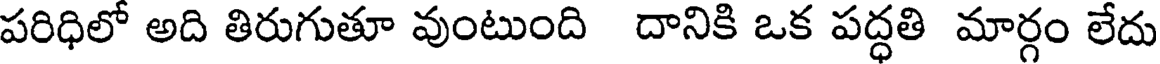
పరిధిలో అది తిరుగుతూ వుంటుంది దానికి ఒక పద్ధతి మార్గం లేదు